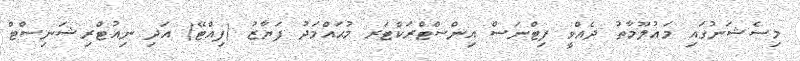
މިސެޝަނުގައި މަޢުލޫމާތު ދެއްވީ ފިޓްނަސް އިންސްޓްރަކްޓަރ މުޙައްމަދު ފަޔާޒު (ފިއްޓޭ) އަދި ނިއުޓްރިޝަނިސްޓް